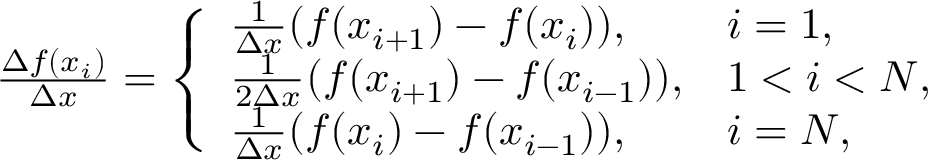
\begin{array} { r } { \frac { \Delta f ( x _ { i } ) } { \Delta x } = \left\{ \begin{array} { l l } { \frac { 1 } { \Delta x } ( f ( x _ { i + 1 } ) - f ( x _ { i } ) ) , } & { i = 1 , } \\ { \frac { 1 } { 2 \Delta x } ( f ( x _ { i + 1 } ) - f ( x _ { i - 1 } ) ) , } & { 1 < i < N , } \\ { \frac { 1 } { \Delta x } ( f ( x _ { i } ) - f ( x _ { i - 1 } ) ) , } & { i = N , } \end{array} \right. } \end{array}